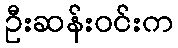
ဦးဆန်းဝင်းက